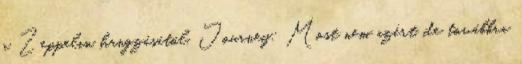
a Zeppelin hangzásától. Journey: Most nem azért, de továbbra